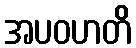
အပဝဟတိ